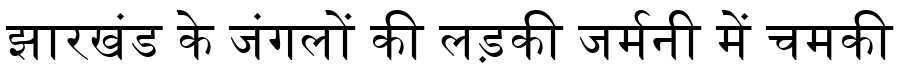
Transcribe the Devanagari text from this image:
झारखंड के जंगलों की लड़की जर्मनी में चमकी